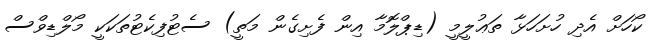
ކޯހަށް އެދި ހުށަހަޅާ ތަޢުލީމީ (ޑިޕްލޮމާ އިން ފެށިގެން މަތީ) ސެޓުފިކެޓުތަކަކީ މޯލްޑިވްސް